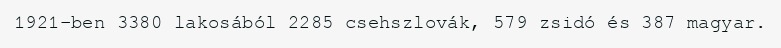
1921-ben 3380 lakosából 2285 csehszlovák, 579 zsidó és 387 magyar.